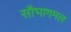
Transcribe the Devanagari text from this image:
सौभागमल